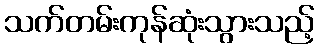
သက်တမ်းကုန်ဆုံးသွားသည့်